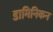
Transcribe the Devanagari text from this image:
डामिनिकन